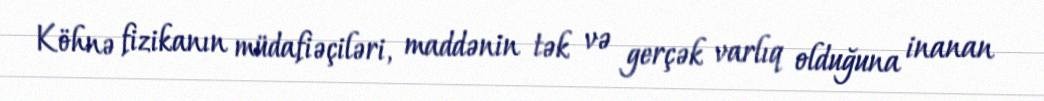
Köhnə fizikanın müdafiəçiləri, maddənin tək və gerçək varlıq olduğuna inanan